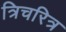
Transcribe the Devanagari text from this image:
त्रिचरित्र